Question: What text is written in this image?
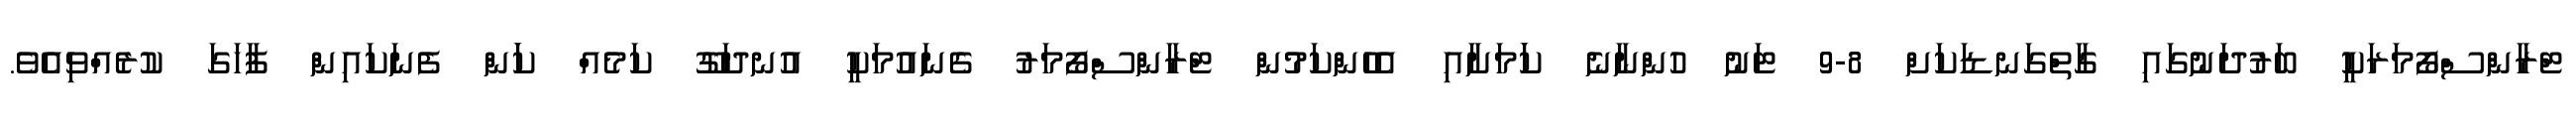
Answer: ޓްރާންސްފޯމަރަކީ ބަރުދަނުގައި ގާތްގަނޑަކަށް 8-9 ޓަނު ހުންނާނެ ކަަމަށާއި އެހެންކަމުން ޓްރާންސްފޯމަރު ގެނައުމަކީ އުނދަގޫ ކަމެއް ކަަން ފެނަކައިން ފާހަގަ ކުރެއްވިއެވެ.